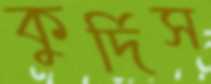
কুর্দিস